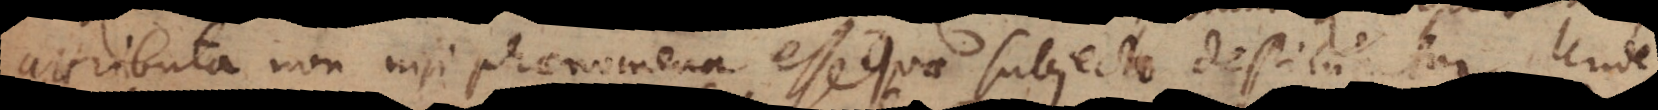
attributa non nisi phaenomena esse quae subjecto destituantur. Unde